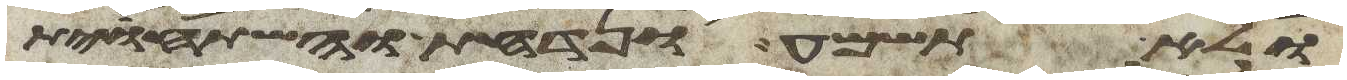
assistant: ולא תשמע ונדחת והשתחוית